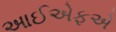
આઈએફએ